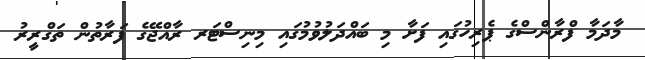
މާދަމާ ފްރާންސްގެ ޕެރިހުގައި ފަށާ މި ބައްދަލުވުމުގައި މިނިސްޓަރ ރާއްޖޭގެ ފަރާތުން ތަގްރީރު